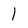
Character: 1